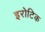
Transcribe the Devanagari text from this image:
इरोटिक